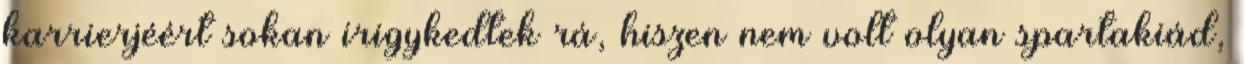
karrierjéért sokan irigykedtek rá, hiszen nem volt olyan spartakiád,